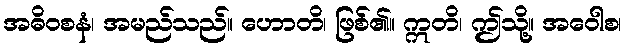
အဓိဝစနံ၊ အမည်သည်။ ဟောတိ၊ ဖြစ်၏။ ဣတိ၊ ဤသို့။ အဝေါစ၊